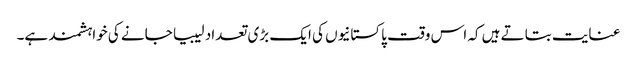
عنایت بتاتے ہیں کہ اس وقت پاکستانیوں کی ایک بڑی تعداد لیبیا جانے کی خواہشمند ہے۔